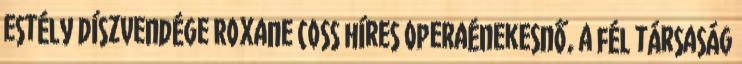
estély díszvendége Roxane Coss híres operaénekesnő, a fél társaság